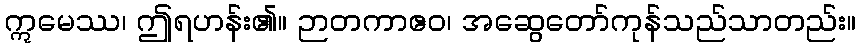
ဣမေဿ၊ ဤရဟန်း၏။ ဉာတကာဧဝ၊ အဆွေတော်ကုန်သည်သာတည်း။